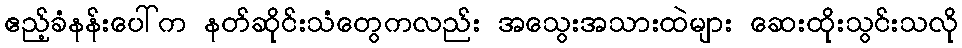
ဧည့်ခံနန်းပေါ်က နတ်ဆိုင်းသံတွေကလည်း အသွေးအသားထဲများ ဆေးထိုးသွင်းသလို